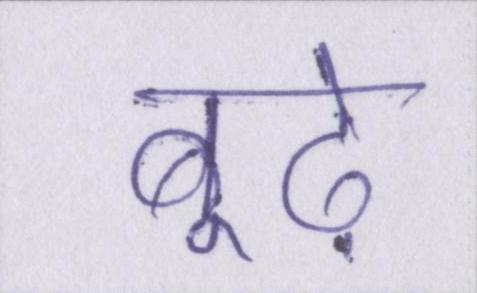
बूढ़े